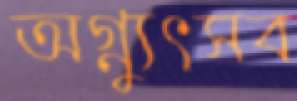
অগ্ন্যুৎসব